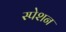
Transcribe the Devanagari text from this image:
स्पेशन